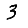
Digit: 3